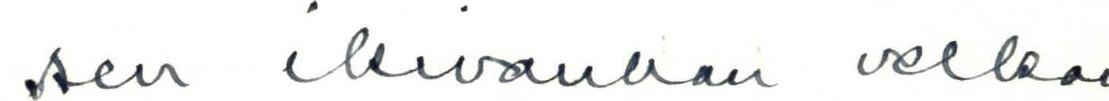
sen ikivanhan velka